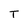
Character: T